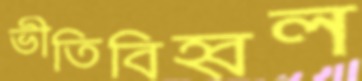
ভীতিবিহ্বল